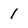
Character: 1